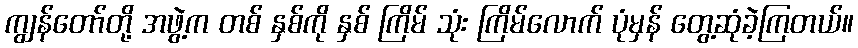
ကျွန်တော်တို့ အဖွဲ့က တစ် နှစ်ကို နှစ် ကြိမ် သုံး ကြိမ်လောက် ပုံမှန် တွေ့ဆုံခဲ့ကြတယ်။